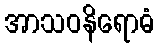
အာသဝနိရောဓံ